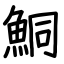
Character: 鮦